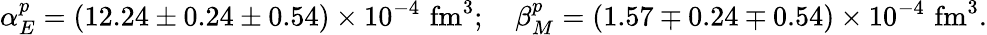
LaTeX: \alpha_{E}^{p}=(12.24\pm 0.24\pm 0.54)\times 10^{-4}\, \, \mathrm{fm}^{3};\quad\beta_{M}^{p}=(1.57\mp 0.24\mp 0.54)\times 10^{-4}\, \, \mathrm{fm}^{3}.